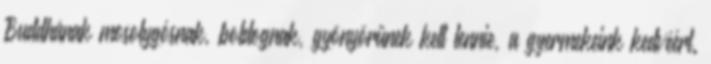
Buddhának mosolygósnak, boldognak, gyönyörűnek kell lennie, a gyermekeink kedvéért.